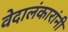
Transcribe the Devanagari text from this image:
वेदालंकारांनी